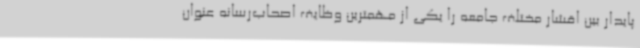
پایدار بین اقشار مختلف جامعه را یکی از مهمترین وظایف اصحاب‌رسانه عنوان